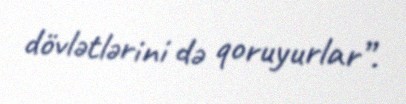
dövlətlərini də qoruyurlar”.